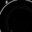
Digit: 8